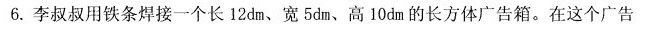
6.李叔叔用铁条焊接一个长12dm、宽5dm、高10dm的长方体广告箱。在这个广告